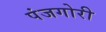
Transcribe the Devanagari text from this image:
पंजगोरी